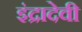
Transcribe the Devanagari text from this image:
इंद्रादेवी